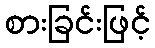
စားခြင်းဖြင့်